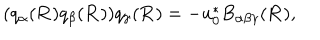
LaTeX: ( q _ { \alpha } ( { \bf R } ) q _ { \beta } ( { \bf R } ) ) q _ { \gamma } ( { \bf R } ) = - u _ { 0 } ^ { * } B _ { \alpha \beta \gamma } ( { \bf R } ) ,